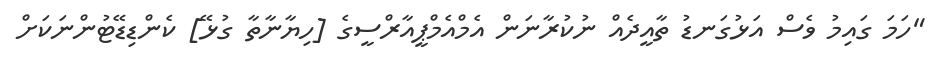
"ހަމަ ގައިމު ވެސް އަޅުގަނޑު ތާއީދެއް ނުކުރާނަން އެމްއެމްޕީއާރްސީގެ [ހިޔާނާތާ ގުޅޭ] ކެންޑިޑޭޓުންނަކަށް